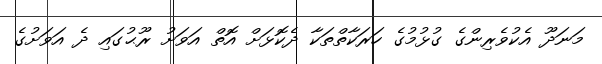
މަނަދޫ އެކުވެރިންގެ ގުޅުމުގެ ހަރަކާތްތަކާ ދެކޮޅަށް އޮތް އަވަށު ރޫޙުގައި ދެ އަވަށުގެ